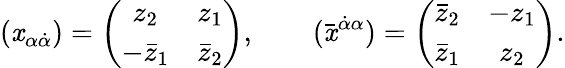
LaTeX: (\mathit{x}_{\alpha\dot{{\alpha}}})=\left(\begin{array}{cc}{{z_{2}}}&{{z_{1}}}\\ {{-\bar{z}_{1}}}&{{\bar{z}_{2}}}\end{array}\right),\qquad(\bar{{\mathit{x}}}^{\dot{{\alpha}}\alpha})=\left(\begin{array}{cc}{{\bar{z}_{2}}}&{{-z_{1}}}\\ {{\bar{z}_{1}}}&{{z_{2}}}\end{array}\right).